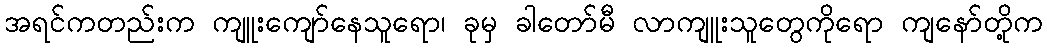
အရင်ကတည်းက ကျူးကျော်နေသူရော၊ ခုမှ ခါတော်မီ လာကျူးသူတွေကိုရော ကျနော်တို့က